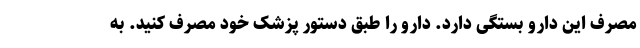
مصرف این دارو بستگی دارد. دارو را طبق دستور پزشک خود مصرف کنید. به